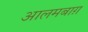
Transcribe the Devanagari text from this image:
आलमबाग़